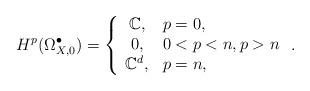
LaTeX: \begin{align*}H^p(\Omega^{\bullet}_{X,0})=\left\{\begin{array}{cl} \mathbb{C}, & p=0,\\ 0, & 0<p<n, p>n \\ \mathbb{C}^{d}, & p=n,\\ \end{array} \right..\end{align*}